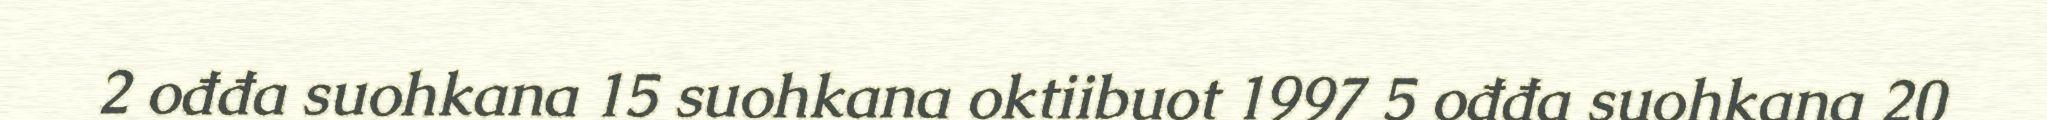
2 ođđa suohkana 15 suohkana oktiibuot 1997 5 ođđa suohkana 20